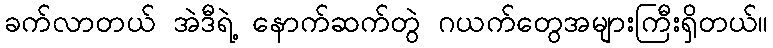
ခက်လာတယ် အဲဒီရဲ့ နောက်ဆက်တွဲ ဂယက်တွေအများကြီးရှိတယ်။